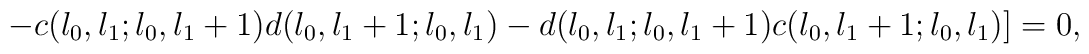
-c(l_{0},l_{1};l_{0},l_{1}+1)d(l_{0},l_{1}+1;l_{0},l_{1})-d(l_{0},l_{1};l_{0},l_{1}+1)c(l_{0},l_{1}+1;l_{0},l_{1})]=0,